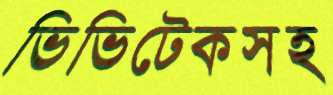
ভিভিটেকসহ